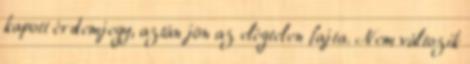
kapott érdemjegy, aztán jön az elégtelen fajta. Nem változik